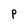
Character: P